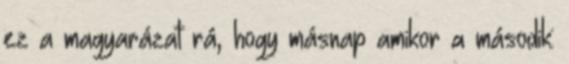
ez a magyarázat rá, hogy másnap amikor a második: